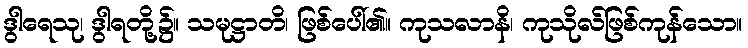
ဒွါရေသု၊ ဒွါရတို့၌။ သမုဋ္ဌာတိ၊ ဖြစ်ပေါ်၏။ ကုသလာနိ၊ ကုသိုလ်ဖြစ်ကုန်သော။